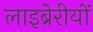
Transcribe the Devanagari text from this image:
लाइब्रेरीयों